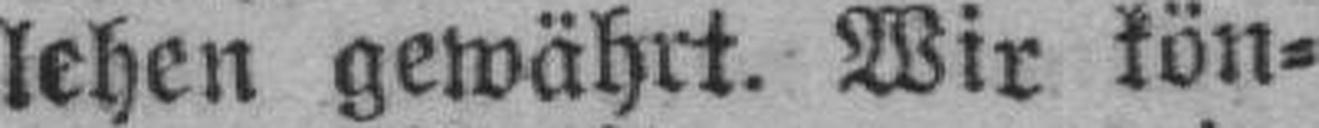
lehen gewährt. Wir kön¬